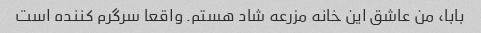
بابا، من عاشق این خانه مزرعه شاد هستم. واقعا سرگرم کننده است